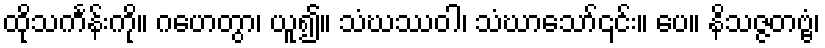
ထိုသင်္ကန်းကို။ ဂဟေတွာ၊ ယူ၍။ သံဃဿဝါ၊ သံဃာသော်၎င်း။ ပေ။ နိသဇ္ဇတဗ္ဗံ၊